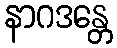
နာဂဒန္တေ